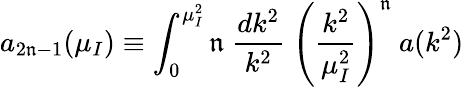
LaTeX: a_{2\mathfrak{n}-1}(\mu_{I})\equiv\int_{0}^{\mu_{I}^{2}}\mathfrak{n}\ {\frac{{dk^{2}}}{{k^{2}}}}\ \left({\frac{{k^{2}}}{{\mu_{I}^{2}}}}\right)^{\mathfrak{n}}\ a(k^{2})